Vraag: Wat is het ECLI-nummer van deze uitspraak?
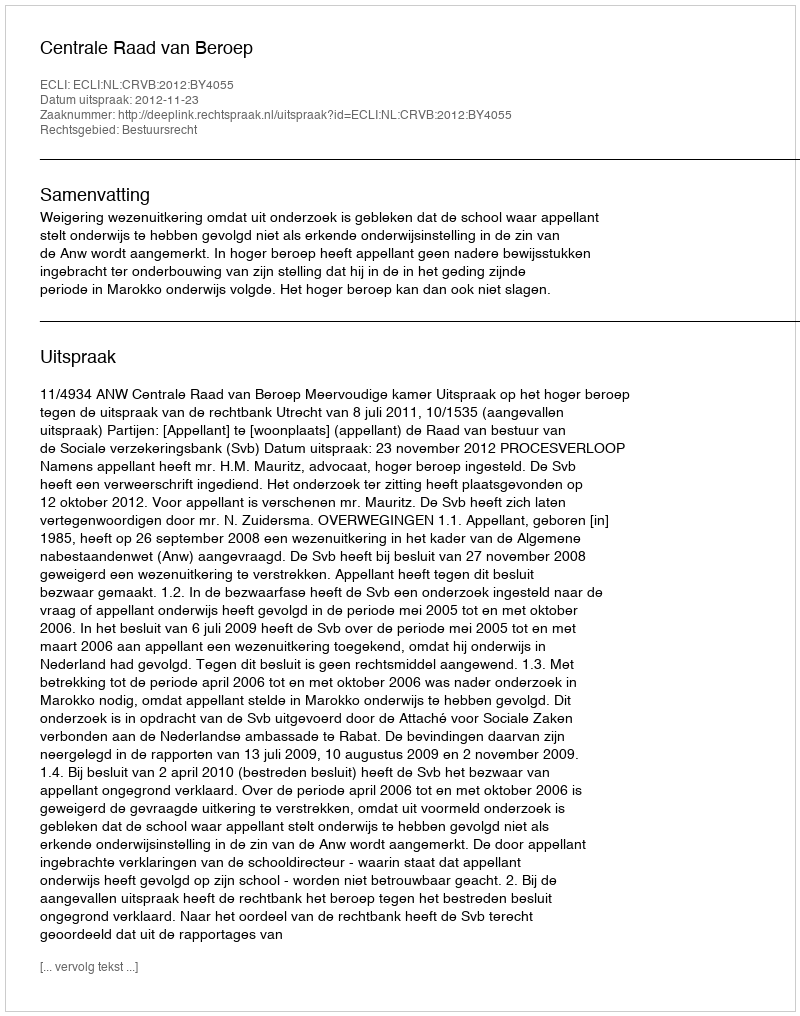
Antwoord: ECLI:NL:CRVB:2012:BY4055